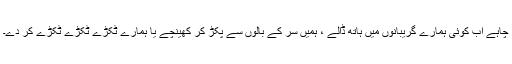
چاہے اب کوئی ہمارے گریبانوں میں ہاتھ ڈالے ، ہمیں سر کے بالوں سے پکڑ کر کھینچے یا ہمارے ٹکڑے ٹکڑے ٹکڑے کر دے۔